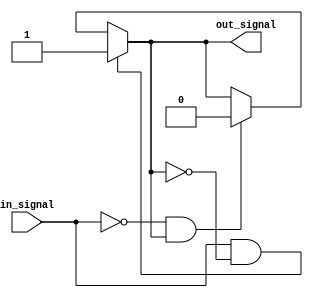
module schmitt_trigger_buffer (

    input wire in_signal, // Input signal
    output reg out_signal // Digital output signal
  
);

reg previous_output;

always @(in_signal)
begin
    if (in_signal && !previous_output) // Rising edge
        out_signal <= 1'b1;
    else if (!in_signal && previous_output) // Falling edge
        out_signal <= 1'b0;
    else
        out_signal <= previous_output;
    
    previous_output <= out_signal;
end

endmodule